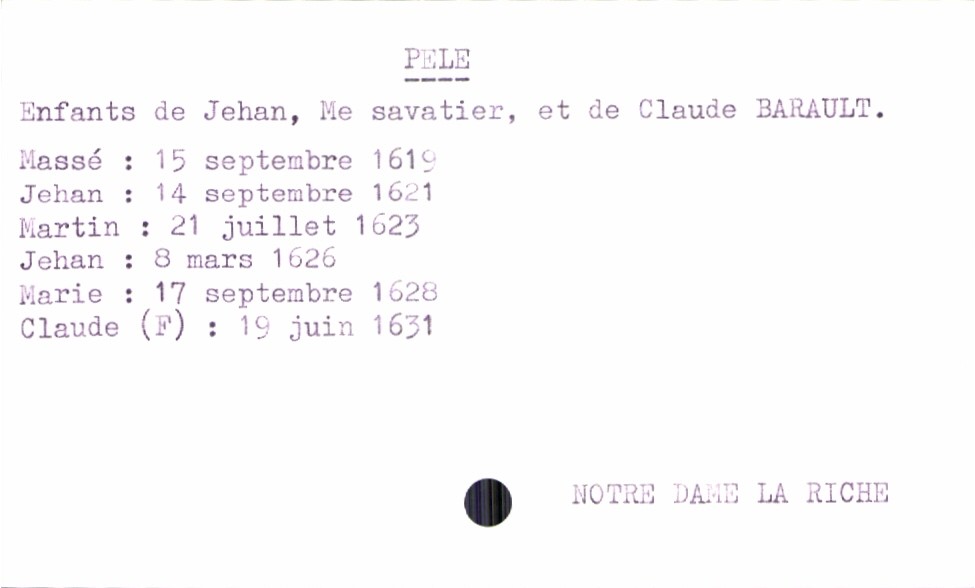
type_acte: Baptême
filiation: fille
enfant_prénom: Claude
enfant_date_de_naissance: 19 juin 1631
enfant_lieu_de_naissance: Notre Dame la Riche
père_enfant_nom: Pele
père_enfant_prénom: Jehan
père_enfant_profession: maitre savatier
mère_enfant_nom: Barault
mère_enfant_prénom: Claude